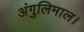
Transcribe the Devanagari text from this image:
अंगुलिमाल।